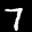
Label: 7